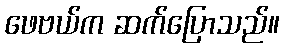
ဖေဗယ်က ဆက်ပြောသည်။